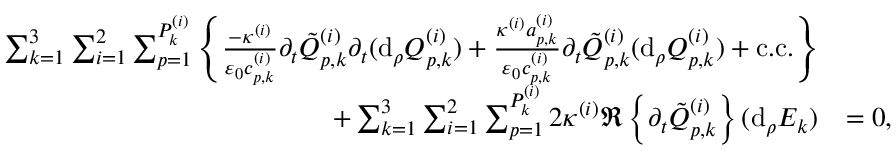
\begin{array} { r l } { \sum _ { k = 1 } ^ { 3 } \sum _ { i = 1 } ^ { 2 } \sum _ { p = 1 } ^ { P _ { k } ^ { ( i ) } } \left\{ \frac { - \kappa ^ { ( i ) } } { \varepsilon _ { 0 } c _ { p , k } ^ { ( i ) } } \partial _ { t } \tilde { Q } _ { p , k } ^ { ( i ) } \partial _ { t } ( \mathrm { d } _ { \rho } Q _ { p , k } ^ { ( i ) } ) + \frac { \kappa ^ { ( i ) } a _ { p , k } ^ { ( i ) } } { \varepsilon _ { 0 } c _ { p , k } ^ { ( i ) } } \partial _ { t } \tilde { Q } _ { p , k } ^ { ( i ) } ( \mathrm { d } _ { \rho } Q _ { p , k } ^ { ( i ) } ) + \mathrm { c . c . } \right\} } \\ { + \sum _ { k = 1 } ^ { 3 } \sum _ { i = 1 } ^ { 2 } \sum _ { p = 1 } ^ { P _ { k } ^ { ( i ) } } 2 \kappa ^ { ( i ) } \Re \left\{ \partial _ { t } \tilde { Q } _ { p , k } ^ { ( i ) } \right\} ( \mathrm { d } _ { \rho } E _ { k } ) } & { = 0 , } \end{array}